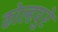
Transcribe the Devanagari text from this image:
कोल्हपुरे